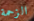
الزحمة